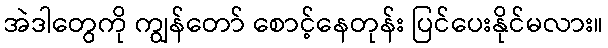
အဲဒါတွေကို ကျွန်တော် စောင့်နေတုန်း ပြင်ပေးနိုင်မလား။